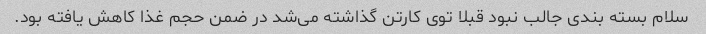
سلام بسته بندی جالب نبود قبلا توی کارتن گذاشته می‌شد در ضمن حجم غذا کاهش یافته بود.